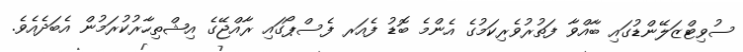
ސުވިޓްޒަލޭންޑުގައި ބާއްވާ ފަތުރުވެރިކަމުގެ އެންމެ ބޮޑު ފެއަރ ފެސްޕޯގައި ރާއްޖޭގެ އިޝްތިހާރުކުރަމުން އެބަދެއެވެ.